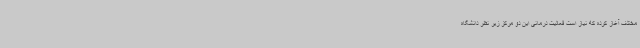
مختلف آغاز کرده که نیاز است فعالیت درمانی این دو مرکز زیر نظر دانشگاه